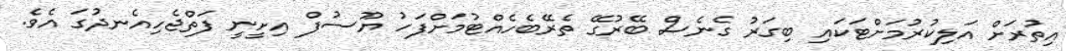
އިތުރަށް އަލިކުރުމަށްޓަކައި ބިގަރު ގެނެސް ބޭރުގޭ ތެރޭބެހެއްޓުމަށްފަހު ޔޫސުފް އިށީނީ ފަތްޖެހިއެނދުގަ އެވެ.